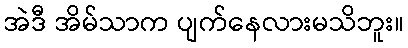
အဲဒီ အိမ်သာက ပျက်နေလားမသိဘူး။